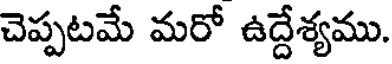
చెప్పటమే మరో ఉద్దేశ్యము.